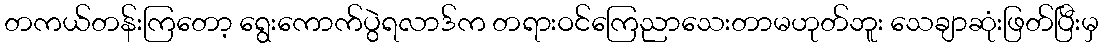
တကယ်တန်းကြတော့ ရွေးကောက်ပွဲရလာဒ်က တရားဝင်ကြေညာသေးတာမဟုတ်ဘူး သေချာဆုံးဖြတ်ပြီးမှ